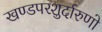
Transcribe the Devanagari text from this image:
खण्डपरशुर्दारुणो